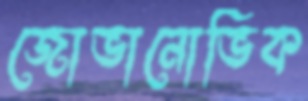
জোভানোভিক